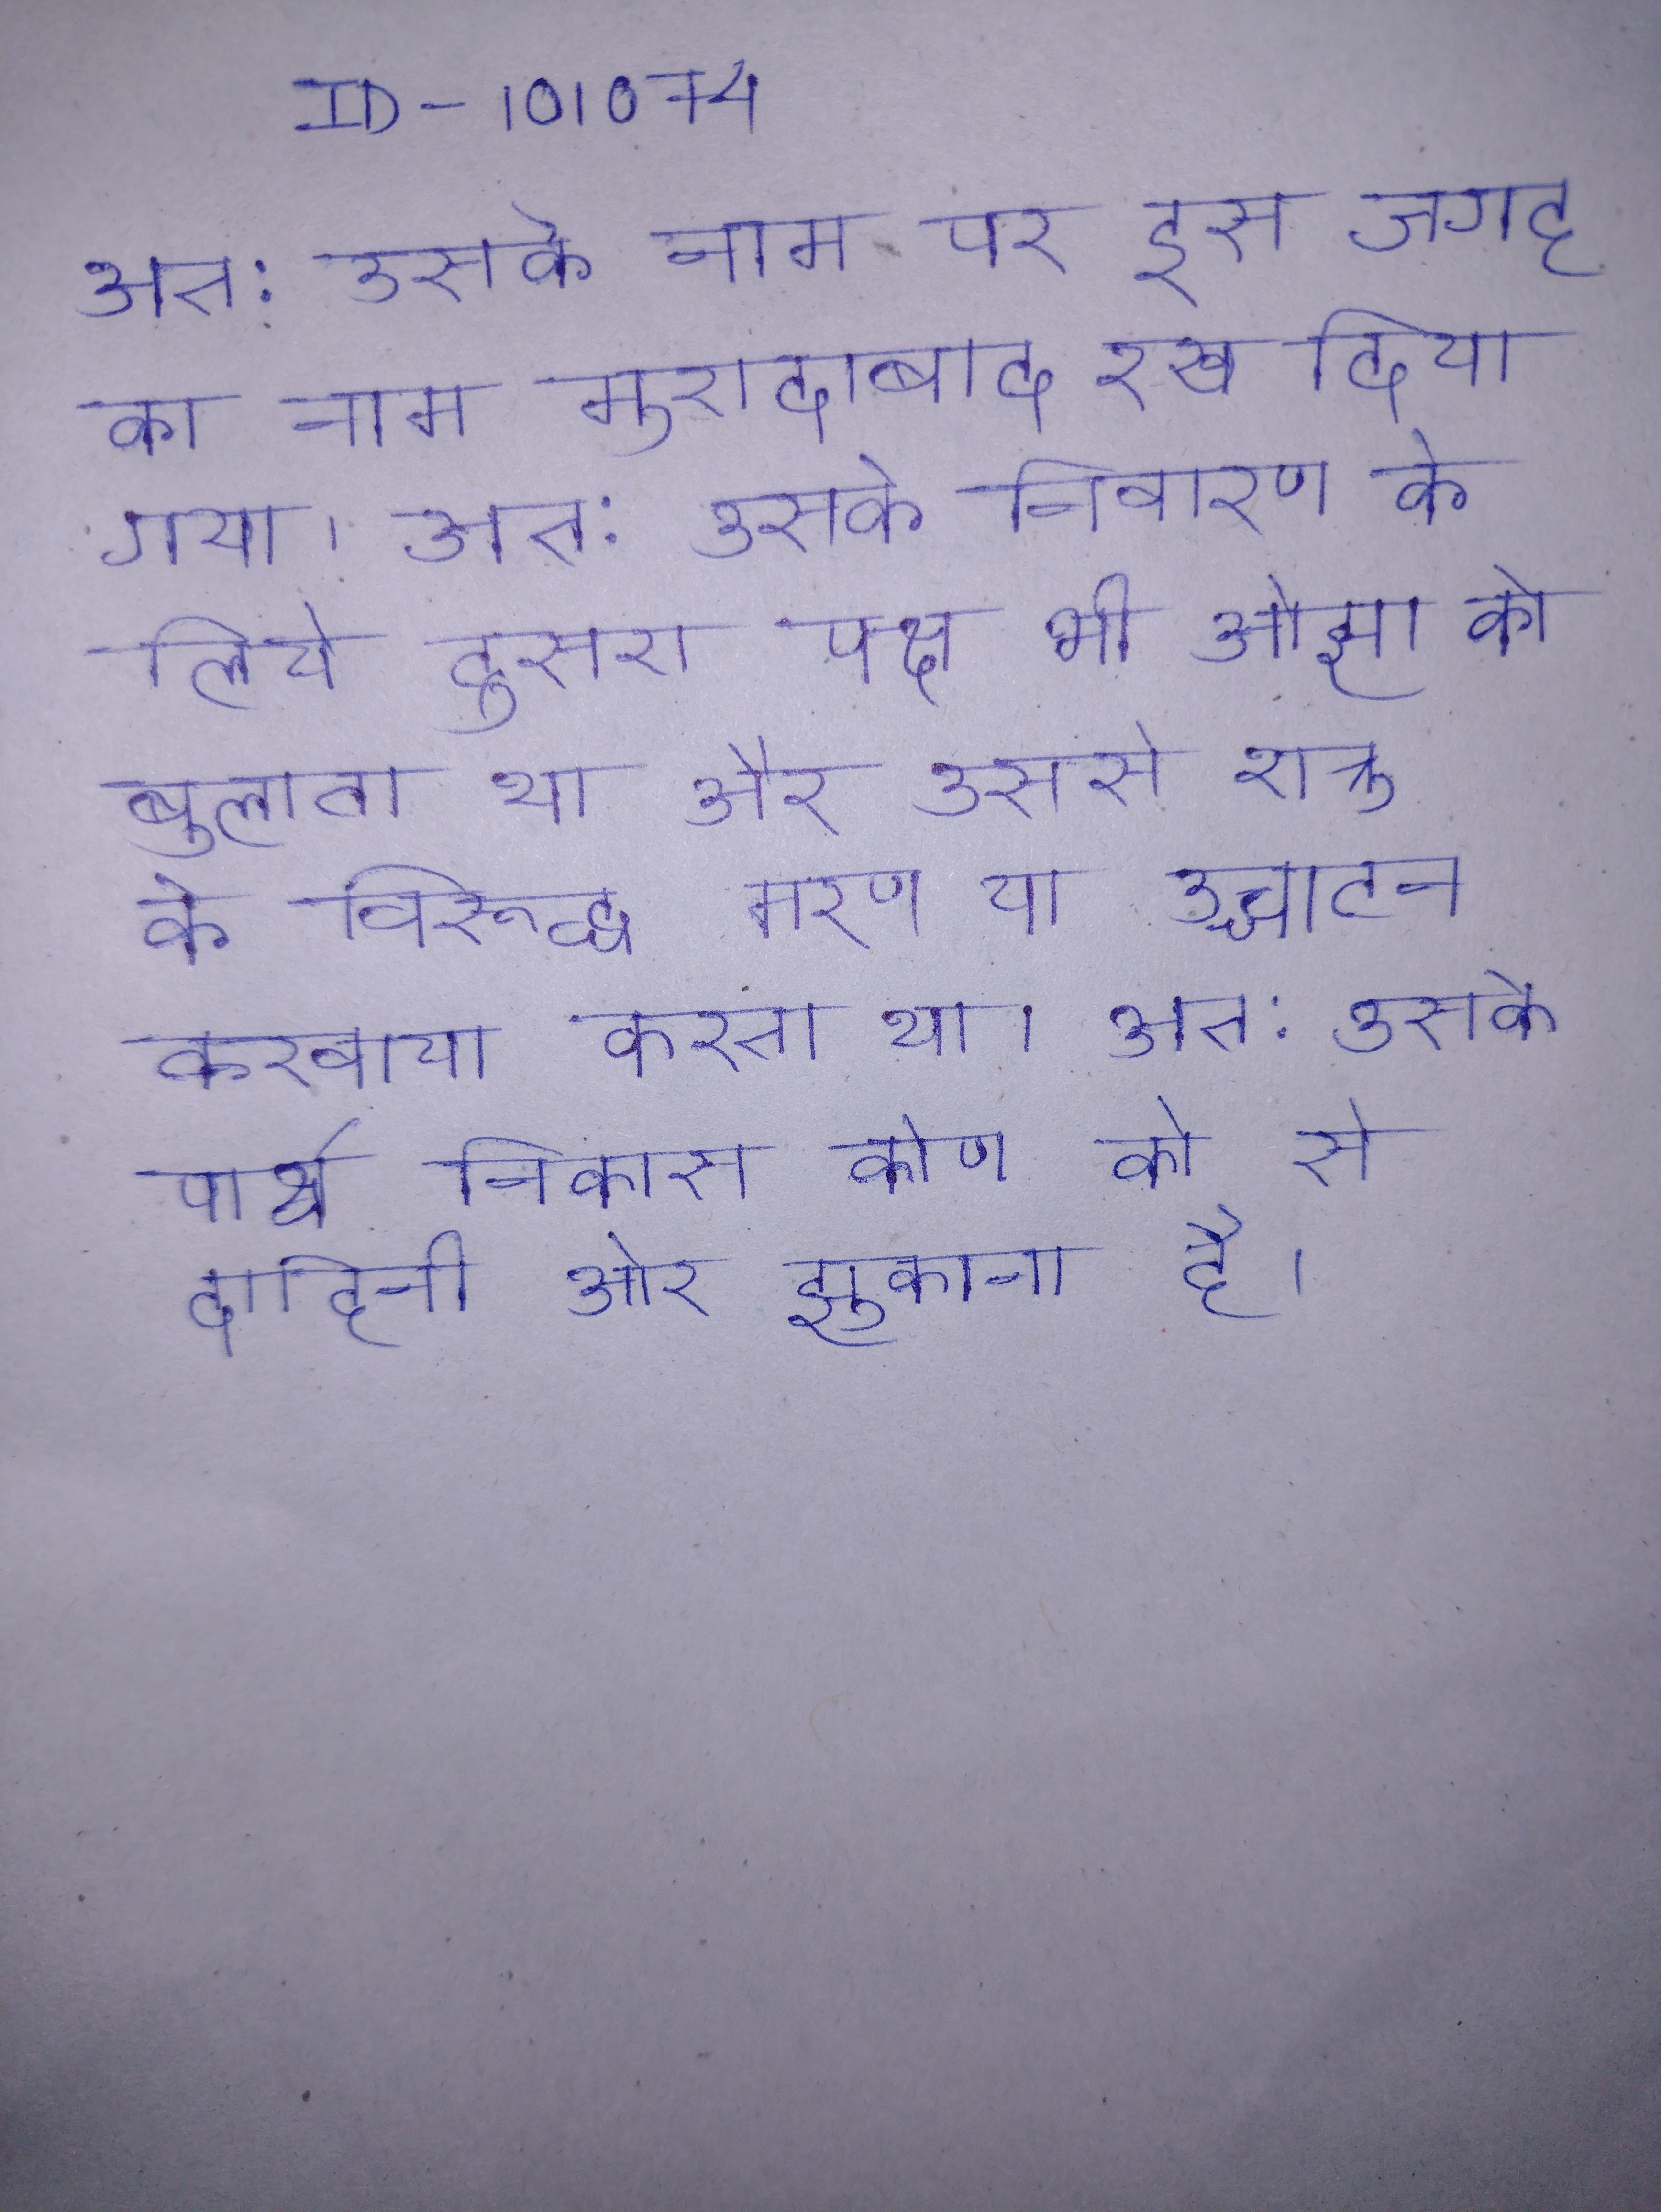
अत: उसके नाम पर इस जगह का नाम मुरादाबाद रख दिया गया । अत: उसके निवारण के लिये दूसरा पक्ष भी ओझा को बुलाता था और उससे शत्रु के विरूद्ध मारण या उच्चाटन करवाया करता था । अत: उसके पार्श्व निकास कोण को से दाहिनी ओर झुकाना है ।